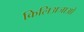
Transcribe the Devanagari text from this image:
किलिअजाओ